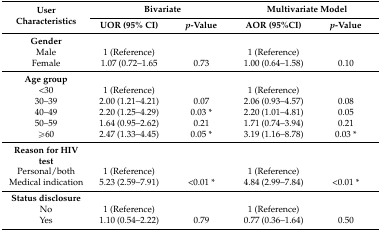
<table><thead><tr><td rowspan="2"><b>User Characteristics</b></td><td colspan="2"><b>Bivariate</b></td><td colspan="2"><b>Multivariate Model</b></td></tr><tr><td><b>UOR (95% CI)</b></td><td><b><i>p</i>-Value</b></td><td><b>AOR (95%CI)</b></td><td><b><i>p</i>-Value</b></td></tr></thead><tbody><tr><td><b>Gender</b></td><td></td><td></td><td></td><td></td></tr><tr><td>Male</td><td>1 (Reference)</td><td></td><td>1 (Reference)</td><td></td></tr><tr><td>Female</td><td>1.07 (0.72–1.65</td><td>0.73</td><td>1.00 (0.64–1.58)</td><td>0.10</td></tr><tr><td><b>Age group</b></td><td></td><td></td><td></td><td></td></tr><tr><td>&lt;30</td><td>1 (Reference)</td><td></td><td>1 (Reference)</td><td></td></tr><tr><td>30–39</td><td>2.00 (1.21–4.21)</td><td>0.07</td><td>2.06 (0.93–4.57)</td><td>0.08</td></tr><tr><td>40–49</td><td>2.20 (1.25–4.29)</td><td>0.03 *</td><td>2.20 (1.01–4.81)</td><td>0.05</td></tr><tr><td>50–59</td><td>1.64 (0.95–2.62)</td><td>0.21</td><td>1.71 (0.74–3.94)</td><td>0.21</td></tr><tr><td>≥60</td><td>2.47 (1.33–4.45)</td><td>0.05 *</td><td>3.19 (1.16–8.78)</td><td>0.03 *</td></tr><tr><td><b>Reason for HIV test</b></td><td></td><td></td><td></td><td></td></tr><tr><td>Personal/both</td><td>1 (Reference)</td><td></td><td>1 (Reference)</td><td></td></tr><tr><td>Medical indication</td><td>5.23 (2.59–7.91)</td><td>&lt;0.01 *</td><td>4.84 (2.99–7.84) </td><td>&lt;0.01 *</td></tr><tr><td><b>Status disclosure</b></td><td></td><td></td><td></td><td></td></tr><tr><td>No</td><td>1 (Reference)</td><td></td><td>1 (Reference)</td><td></td></tr><tr><td>Yes</td><td>1.10 (0.54–2.22)</td><td>0.79</td><td>0.77 (0.36–1.64)</td><td>0.50</td></tr></tbody></table>